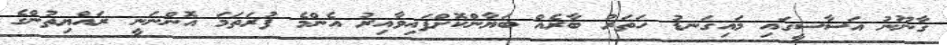
ގާނޫނު އަސާސީގައި މައިގަނޑު ހަތަރު ބާރެއް ބަޔާންކޮށްފައިވާއިރު އެންމެ ފުރަތަމަ އޮންނަނީ ރައްޔިތުންގެ